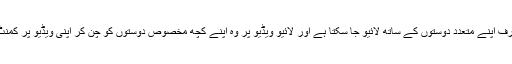
انسٹاگرام کے اس فیچر کو استعمال کرتے ہوئے ایک ہی وقت میں صارف اپنے متعدد دوستوں کے ساتھ لائیو جا سکتا ہے اور لائیو ویڈیو پر وہ اپنے کچھ مخصوص دوستوں کو چُن کر اپنی ویڈیو پر کمنٹ اور لائکز بھی حاصل کر سکتے ہیں یا ایموجی بھی بھیج سکتے ہیں۔